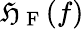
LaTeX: \mathfrak{H}_{\mathrm{{~F~}}}(f)